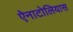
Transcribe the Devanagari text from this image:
ऐनाटोलियास